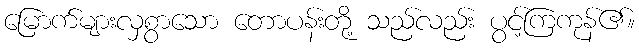
မြောက်များလှစွာသော တောပန်းတို့ သည်လည်း ပွင့်ကြကုန်၏။